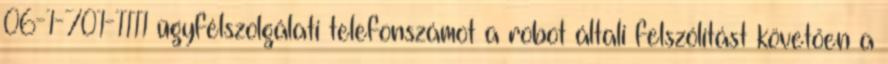
06-1-701-1111 ügyfélszolgálati telefonszámot a robot általi felszólítást követően a